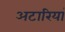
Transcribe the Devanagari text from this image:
अटारियां